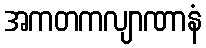
အကတကလျာဏာနံ